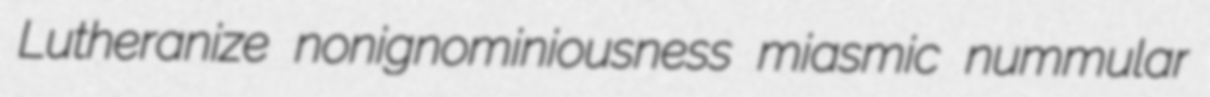
Lutheranize nonignominiousness miasmic nummular